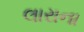
લારાના